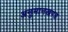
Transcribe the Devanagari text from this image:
अनुमानखण्ड